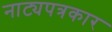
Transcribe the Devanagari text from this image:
नाट्यपत्रकार